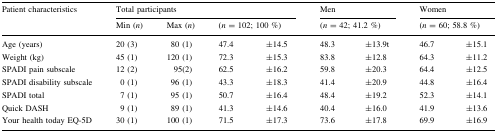
<table><thead><tr><td rowspan="2"><b>Patient characteristics</b></td><td colspan="4"><b>Total participants</b></td><td colspan="2"><b>Men</b></td><td colspan="2"><b>Women</b></td></tr><tr><td><b>Min (<i>n</i>)</b></td><td><b>Max (<i>n</i>)</b></td><td colspan="2"><b>(<i>n</i> = 102; 100 %)</b></td><td colspan="2"><b>(<i>n</i> = 42; 41.2 %)</b></td><td colspan="2"><b>(<i>n</i> = 60; 58.8 %)</b></td></tr></thead><tbody><tr><td>Age (years)</td><td>20 (3)</td><td>80 (1)</td><td>47.4</td><td>±14.5</td><td>48.3</td><td>±13.9t</td><td>46.7</td><td>±15.1</td></tr><tr><td>Weight (kg)</td><td>45 (1)</td><td>120 (1)</td><td>72.3</td><td>±15.3</td><td>83.8</td><td>±12.8</td><td>64.3</td><td>±11.2</td></tr><tr><td>SPADI pain subscale</td><td>12 (2)</td><td>95(2)</td><td>62.5</td><td>±16.2</td><td>59.8</td><td>±20.3</td><td>64.4</td><td>±12.5</td></tr><tr><td>SPADI disability subscale</td><td>0 (1)</td><td>96 (1)</td><td>43.3</td><td>±18.3</td><td>41.4</td><td>±20.9</td><td>44.8</td><td>±16.4</td></tr><tr><td>SPADI total</td><td>7 (1)</td><td>95 (1)</td><td>50.7</td><td>±16.4</td><td>48.4</td><td>±19.2</td><td>52.3</td><td>±14.1</td></tr><tr><td>Quick DASH</td><td>9 (1)</td><td>89 (1)</td><td>41.3</td><td>±14.6</td><td>40.4</td><td>±16.0</td><td>41.9</td><td>±13.6</td></tr><tr><td>Your health today EQ-5D</td><td>30 (1)</td><td>100 (1)</td><td>71.5</td><td>±17.3</td><td>73.6</td><td>±17.8</td><td>69.9</td><td>±16.9</td></tr></tbody></table>